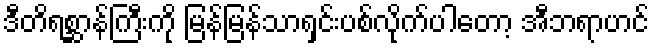
ဒီတိရစ္ဆာန်ကြီးကို မြန်မြန်သာရှင်းပစ်လိုက်ပါတော့ အီဘရာဟင်